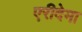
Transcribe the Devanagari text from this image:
एरीदेमा